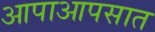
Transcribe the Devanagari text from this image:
आपाआपसात